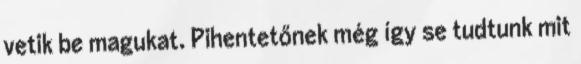
vetik be magukat. Pihentetőnek még így se tudtunk mit